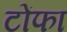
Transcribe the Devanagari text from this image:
टोंफा